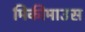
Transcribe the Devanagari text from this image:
मिकीमाउस